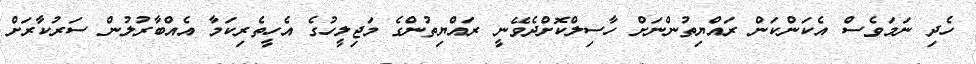
ހެދި ނަމަވެސް އެކަންކަން ރައްޔިތުންނަށް ހާސިލްކޮށްދެވޭނީ ރައްޔިތުންގެ މަޖިލީހުގެ އެހީތެރިކަމާ އެއްބާރުލުން ސަރުކާރަށް